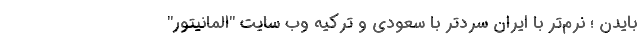
بایدن ؛ نرم‌تر با ایران سردتر با سعودی و ترکیه وب سایت "المانیتور"